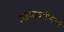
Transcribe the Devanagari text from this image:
अल्पावधीमध्ये